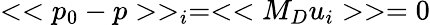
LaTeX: <<p_{0}-p>>_{i}=<<M_{D}u_{i}>>=0